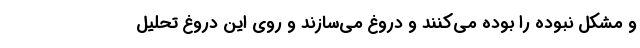
و مشکل نبوده را بوده می‌کنند و دروغ می‌سازند و روی این دروغ تحلیل